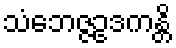
သံဘေဇ္ဇဥဒကန္တိ